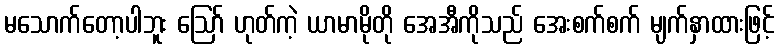
မသောက်တော့ပါဘူး ဪ ဟုတ်ကဲ့ ယာမာမိုတို အေအီကိုသည် အေးစက်စက် မျက်နှာထားဖြင့်